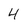
Character: 4